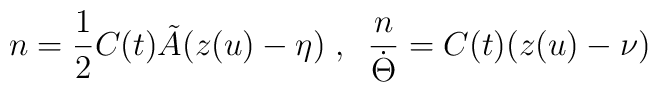
n=\frac{1}{2} C(t) \tilde{A} (z(u)-\eta) \; , \;\;\frac{n}{\dot{\Theta}} = C(t) (z(u)-\nu)